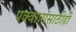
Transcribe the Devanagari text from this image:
पक्वान्नांसाठीही